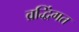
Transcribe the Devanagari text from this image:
व्रद्धिंगत